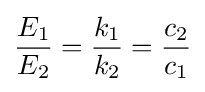
{\frac {E_{1}}{E_{2}}}={\frac {k_{1}}{k_{2}}}={\frac {c_{2}}{c_{1}}}